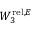
W _ { 3 } ^ { \mathrm { r e l } , E }